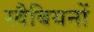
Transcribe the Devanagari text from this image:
स्वैबियनों